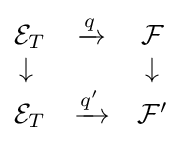
{\begin{matrix}{\mathcal {E}}_{T}&{\xrightarrow {q}}&{\mathcal {F}}\\\downarrow {}&&\downarrow \\{\mathcal {E}}_{T}&{\xrightarrow {q'}}&{\mathcal {F}}'\end{matrix}}